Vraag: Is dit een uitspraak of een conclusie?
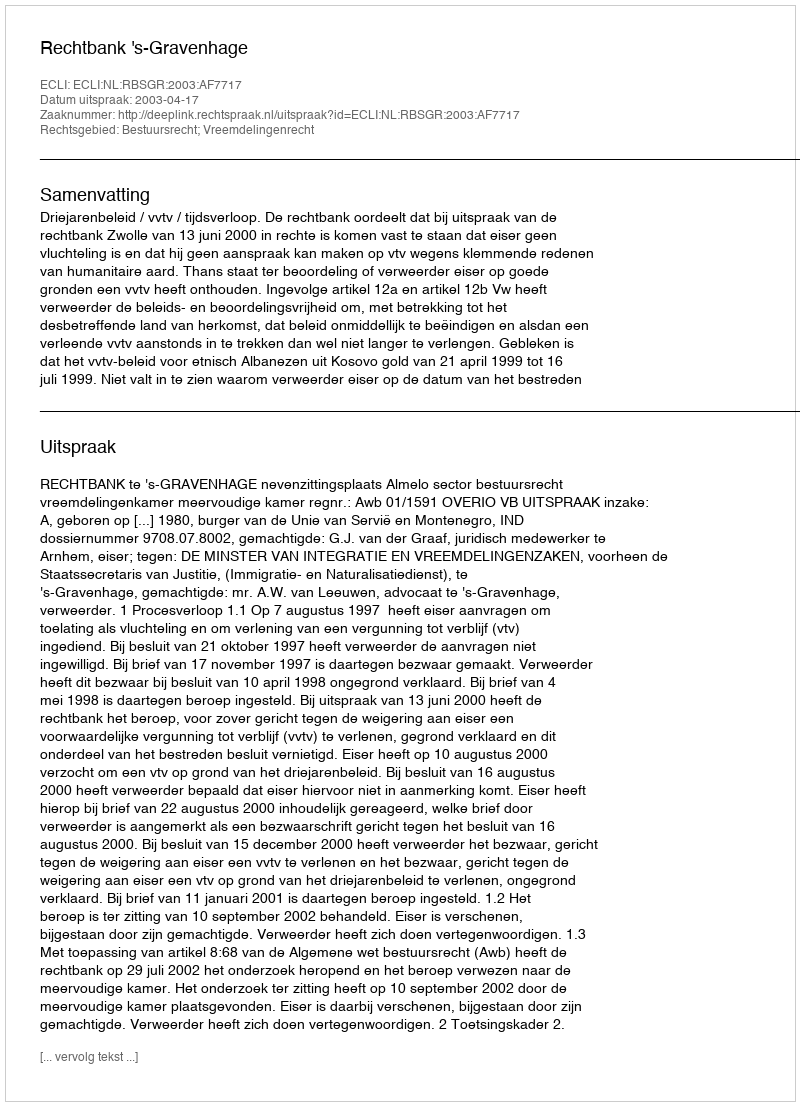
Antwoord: Uitspraak